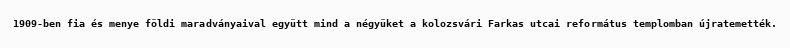
1909-ben fia és menye földi maradványaival együtt mind a négyüket a kolozsvári Farkas utcai református templomban újratemették.